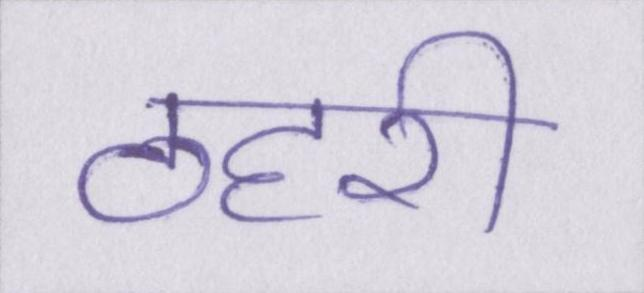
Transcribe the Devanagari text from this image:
ठहरी